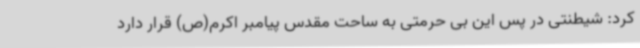
کرد: شیطنتی در پس این بی حرمتی به ساحت مقدس پیامبر اکرم(ص) قرار دارد